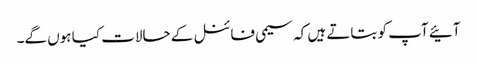
آئیے آپ کو بتاتے ہیں کہ سیمی فائنل کے حالات کیا ہوں گے۔